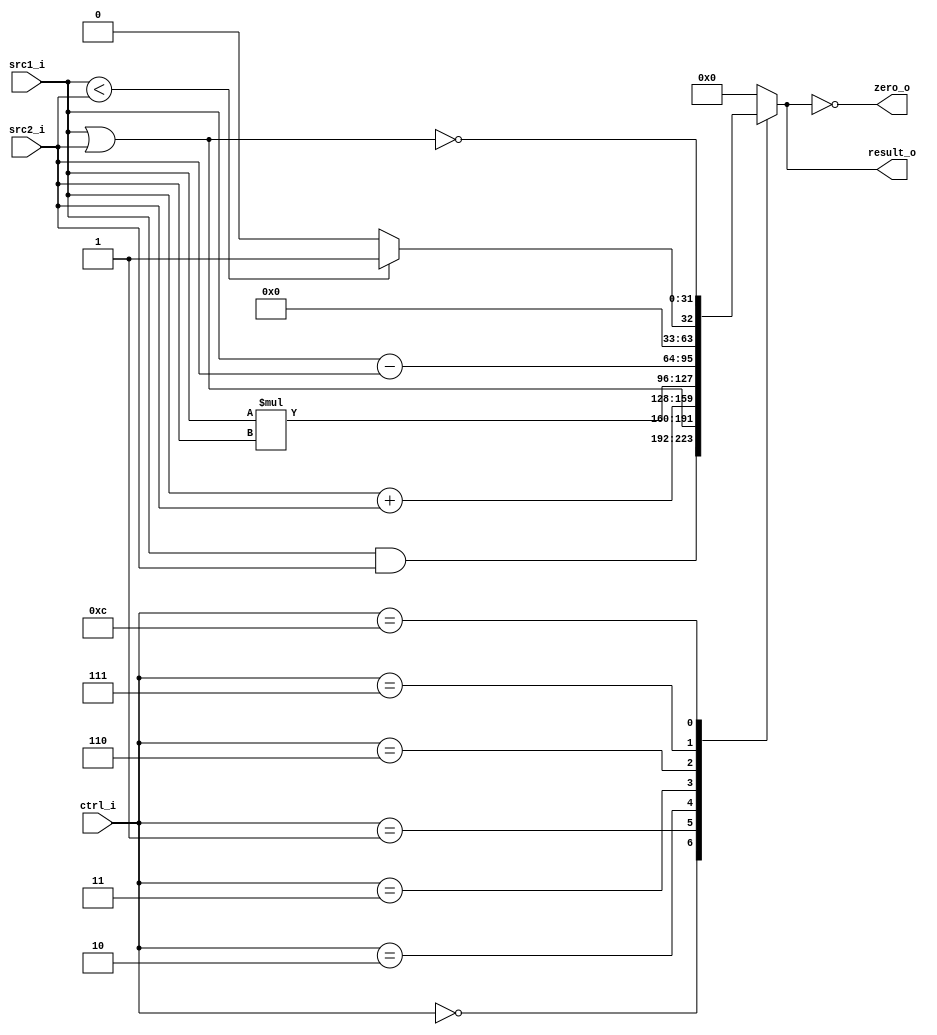
//0516305 Bing Xun Song
//Subject:     CO project 2 - ALU
//--------------------------------------------------------------------------------
//Version:     1
//--------------------------------------------------------------------------------
//Writer:      
//----------------------------------------------
//Date:        
//----------------------------------------------
//Description: 
//--------------------------------------------------------------------------------

module ALU(
    src1_i,
	src2_i,
	ctrl_i,
	result_o,
	zero_o
	);
     
//I/O ports
input  signed [32-1:0]  src1_i;
input  signed [32-1:0]	 src2_i;
input  [4-1:0]   ctrl_i;

output [32-1:0]	 result_o;
output           zero_o;

//Internal signals
reg    [32-1:0]  result_o;
wire             zero_o;

//Parameter

//Main function
assign zero_o = (result_o == 0);

always@(ctrl_i, src1_i, src2_i) begin
	case(ctrl_i)
		0: result_o <= src1_i & src2_i;
		1: result_o <= src1_i | src2_i;
		2: result_o <= src1_i + src2_i;
		3: result_o <= src1_i * src2_i;
		6: result_o <= src1_i - src2_i;
		7: result_o <= (src1_i < src2_i)? 1:0;
		12: result_o <= ~(src1_i | src2_i);
		default: result_o <= 0;
	endcase
end
endmodule